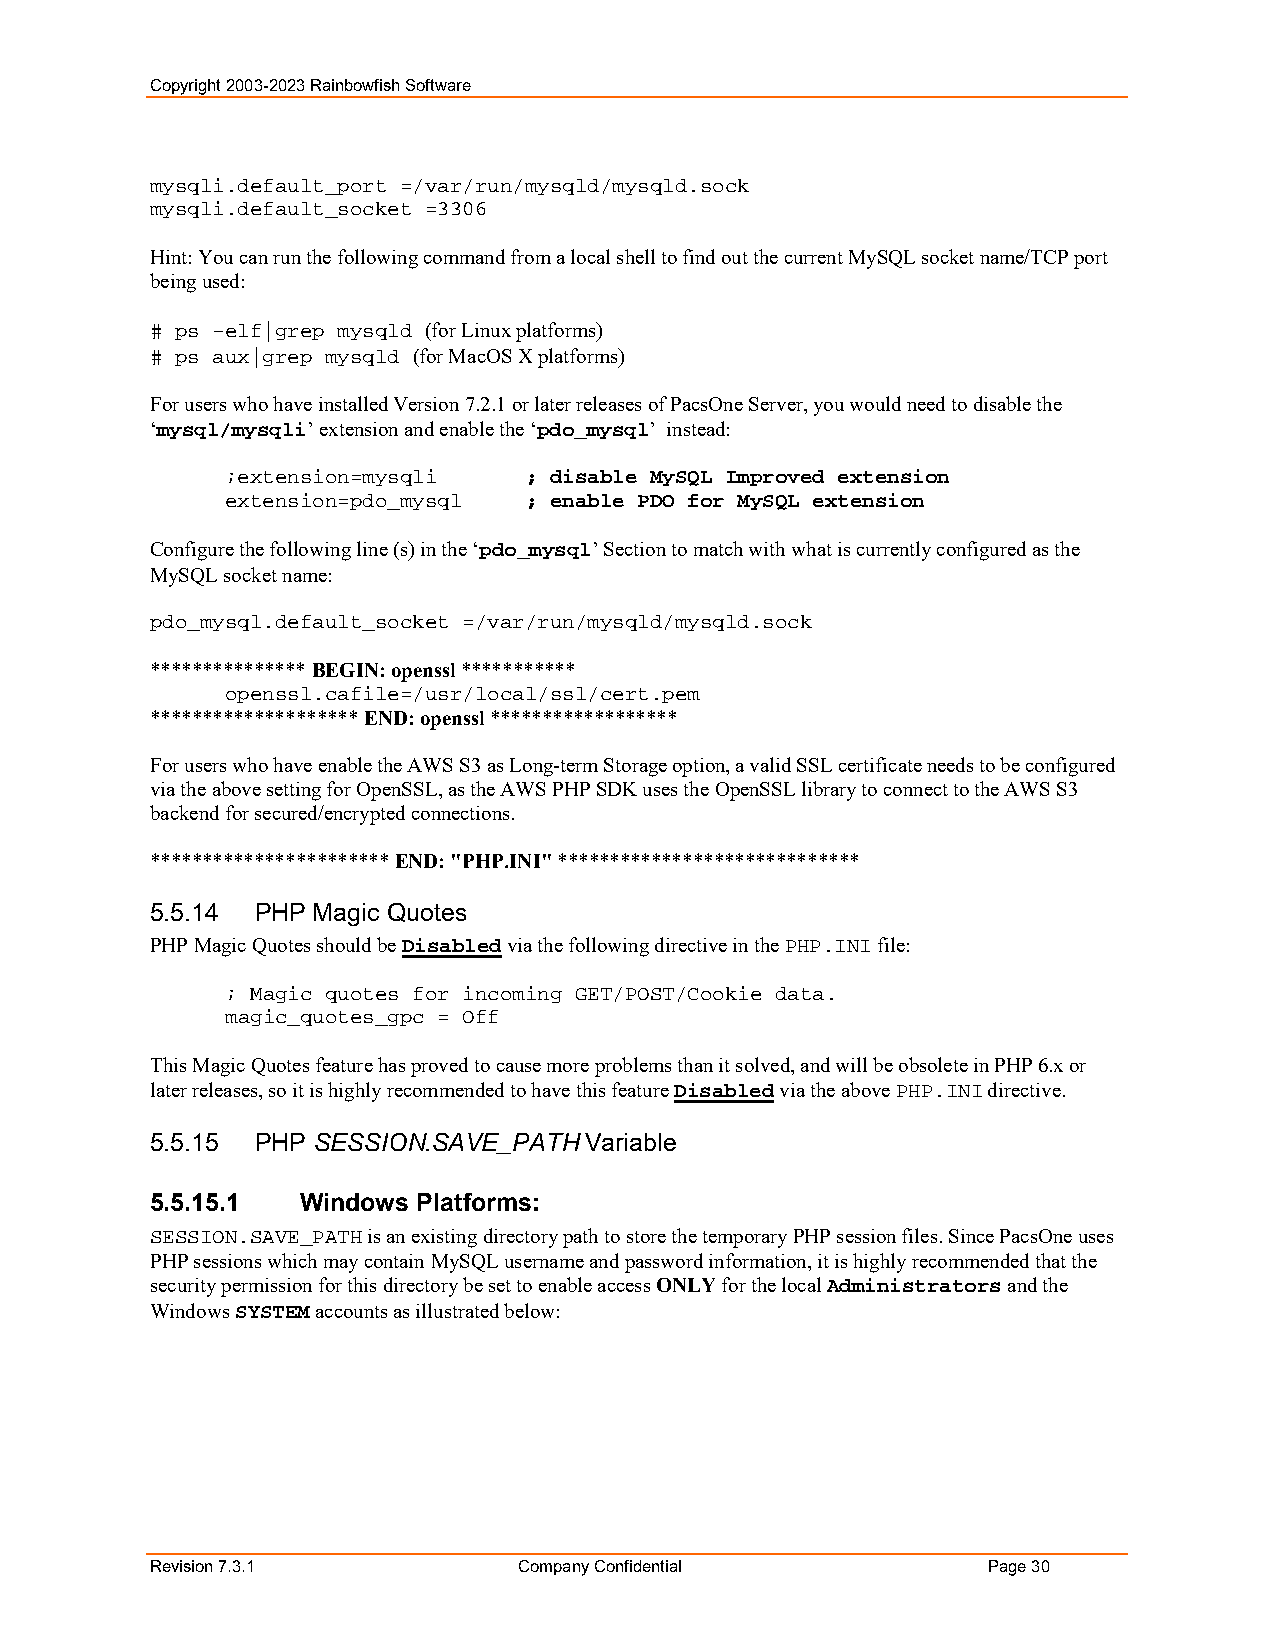
Copyright 2003-2023 Rainbowfish Software
 mysqli.default_port =/var/run/mysqld/mysqld.sock
 mysqli.default_socket =3306
 Hint: You can run the following command from a local shell to find out the current MySQL socket name/TCP port
 being used:
 # ps –elf|grep mysqld (for Linux platforms)
 # ps aux|grep mysqld (for MacOS X platforms)
 For users who have installed Version 7.2.1 or later releases of PacsOne Server, you would need to disable the
 ‘mysql/mysqli’ extension and enable the ‘pdo_mysql’ instead:
 ;extension=mysqli   ; disable MySQL Improved extension
 extension=pdo_mysql ; enable PDO for MySQL extension
 Configure the following line (s) in the ‘pdo_mysql’ Section to match with what is currently configured as the
 MySQL socket name:
 pdo_mysql.default_socket =/var/run/mysqld/mysqld.sock
 *************** BEGIN: openssl ***********
 openssl.cafile=/usr/local/ssl/cert.pem
 ******************** END: openssl ******************
 For users who have enable the AWS S3 as Long-term Storage option, a valid SSL certificate needs to be configured
 via the above setting for OpenSSL, as the AWS PHP SDK uses the OpenSSL library to connect to the AWS S3
 backend for secured/encrypted connections.
 *********************** END: "PHP.INI" *****************************
 5.5.14 PHP Magic Quotes
 PHP Magic Quotes should be Disabled via the following directive in the PHP.INI file:
 ; Magic quotes for incoming GET/POST/Cookie data.
 magic_quotes_gpc = Off
 This Magic Quotes feature has proved to cause more problems than it solved, and will be obsolete in PHP 6.x or
 later releases, so it is highly recommended to have this feature Disabled via the above PHP.INI directive.
 5.5.15 PHP SESSION.SAVE_PATH Variable
 5.5.15.1  Windows Platforms:
 SESSION.SAVE_PATH is an existing directory path to store the temporary PHP session files. Since PacsOne uses
 PHP sessions which may contain MySQL username and password information, it is highly recommended that the
 security permission for this directory be set to enable access ONLY for the local Administrators and the
 Windows SYSTEM accounts as illustrated below:
 Revision 7.3.1          Company Confidential           Page 30